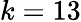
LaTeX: k=13